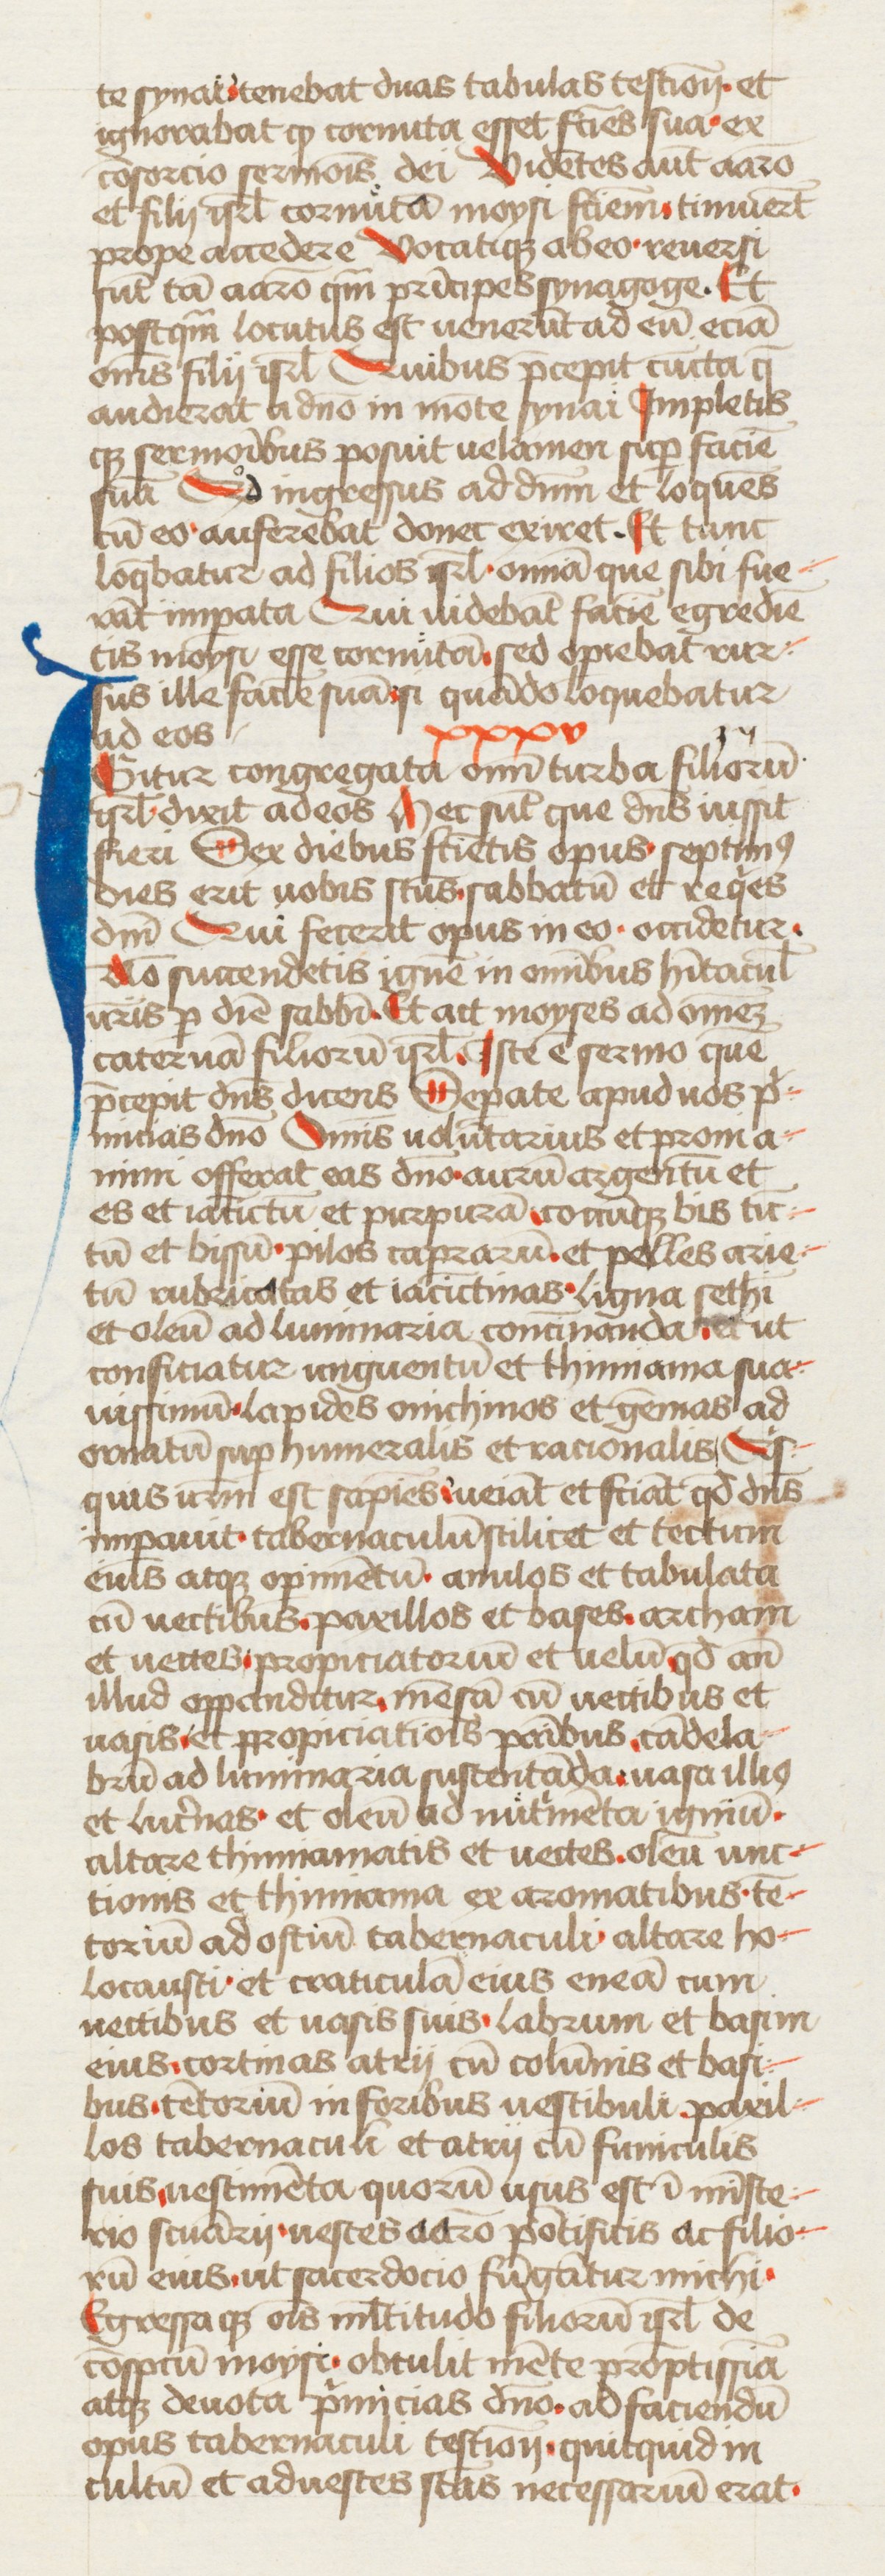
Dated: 1434–1466